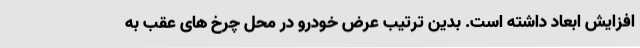
افزایش ابعاد داشته است. بدین ترتیب عرض خودرو در محل چرخ های عقب به